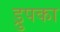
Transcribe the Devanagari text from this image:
ड्रुपका